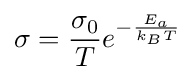
\sigma ={\frac {\sigma _{0}}{T}}e^{-{\frac {E_{a}}{k_{B}T}}}